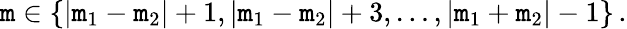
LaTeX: \mathtt{m}\in\{ |\mathtt{m}_{1}-\mathtt{m}_{2}|+1,|\mathtt{m}_{1}-\mathtt{m}_{2}|+3,\ldots,|\mathtt{m}_{1}+\mathtt{m}_{2}|-1\} \, .